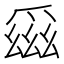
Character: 𪺕